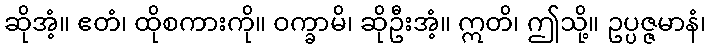
ဆိုအံ့။ ဧတံ၊ ထိုစကားကို။ ဝက္ခာမိ၊ ဆိုဦးအံ့။ ဣတိ၊ ဤသို့။ ဥပ္ပဇ္ဇမာနံ၊